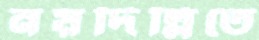
নয়দিল্লিতে